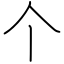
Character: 个